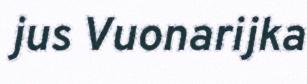
jus Vuonarijka